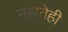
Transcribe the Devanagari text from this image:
नसतेही